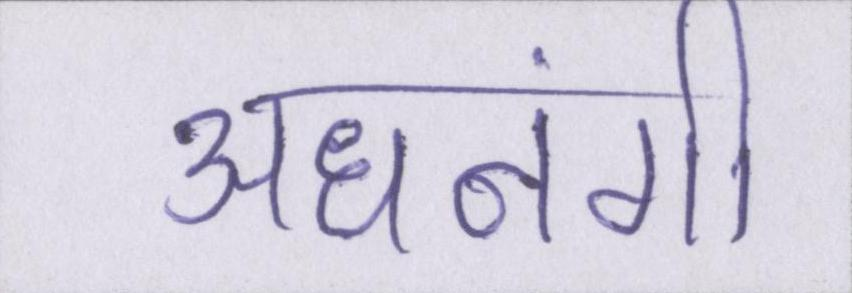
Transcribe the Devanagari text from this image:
अधनंगी